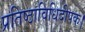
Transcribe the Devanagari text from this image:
प्रतिष्ठाविधिदीपक।